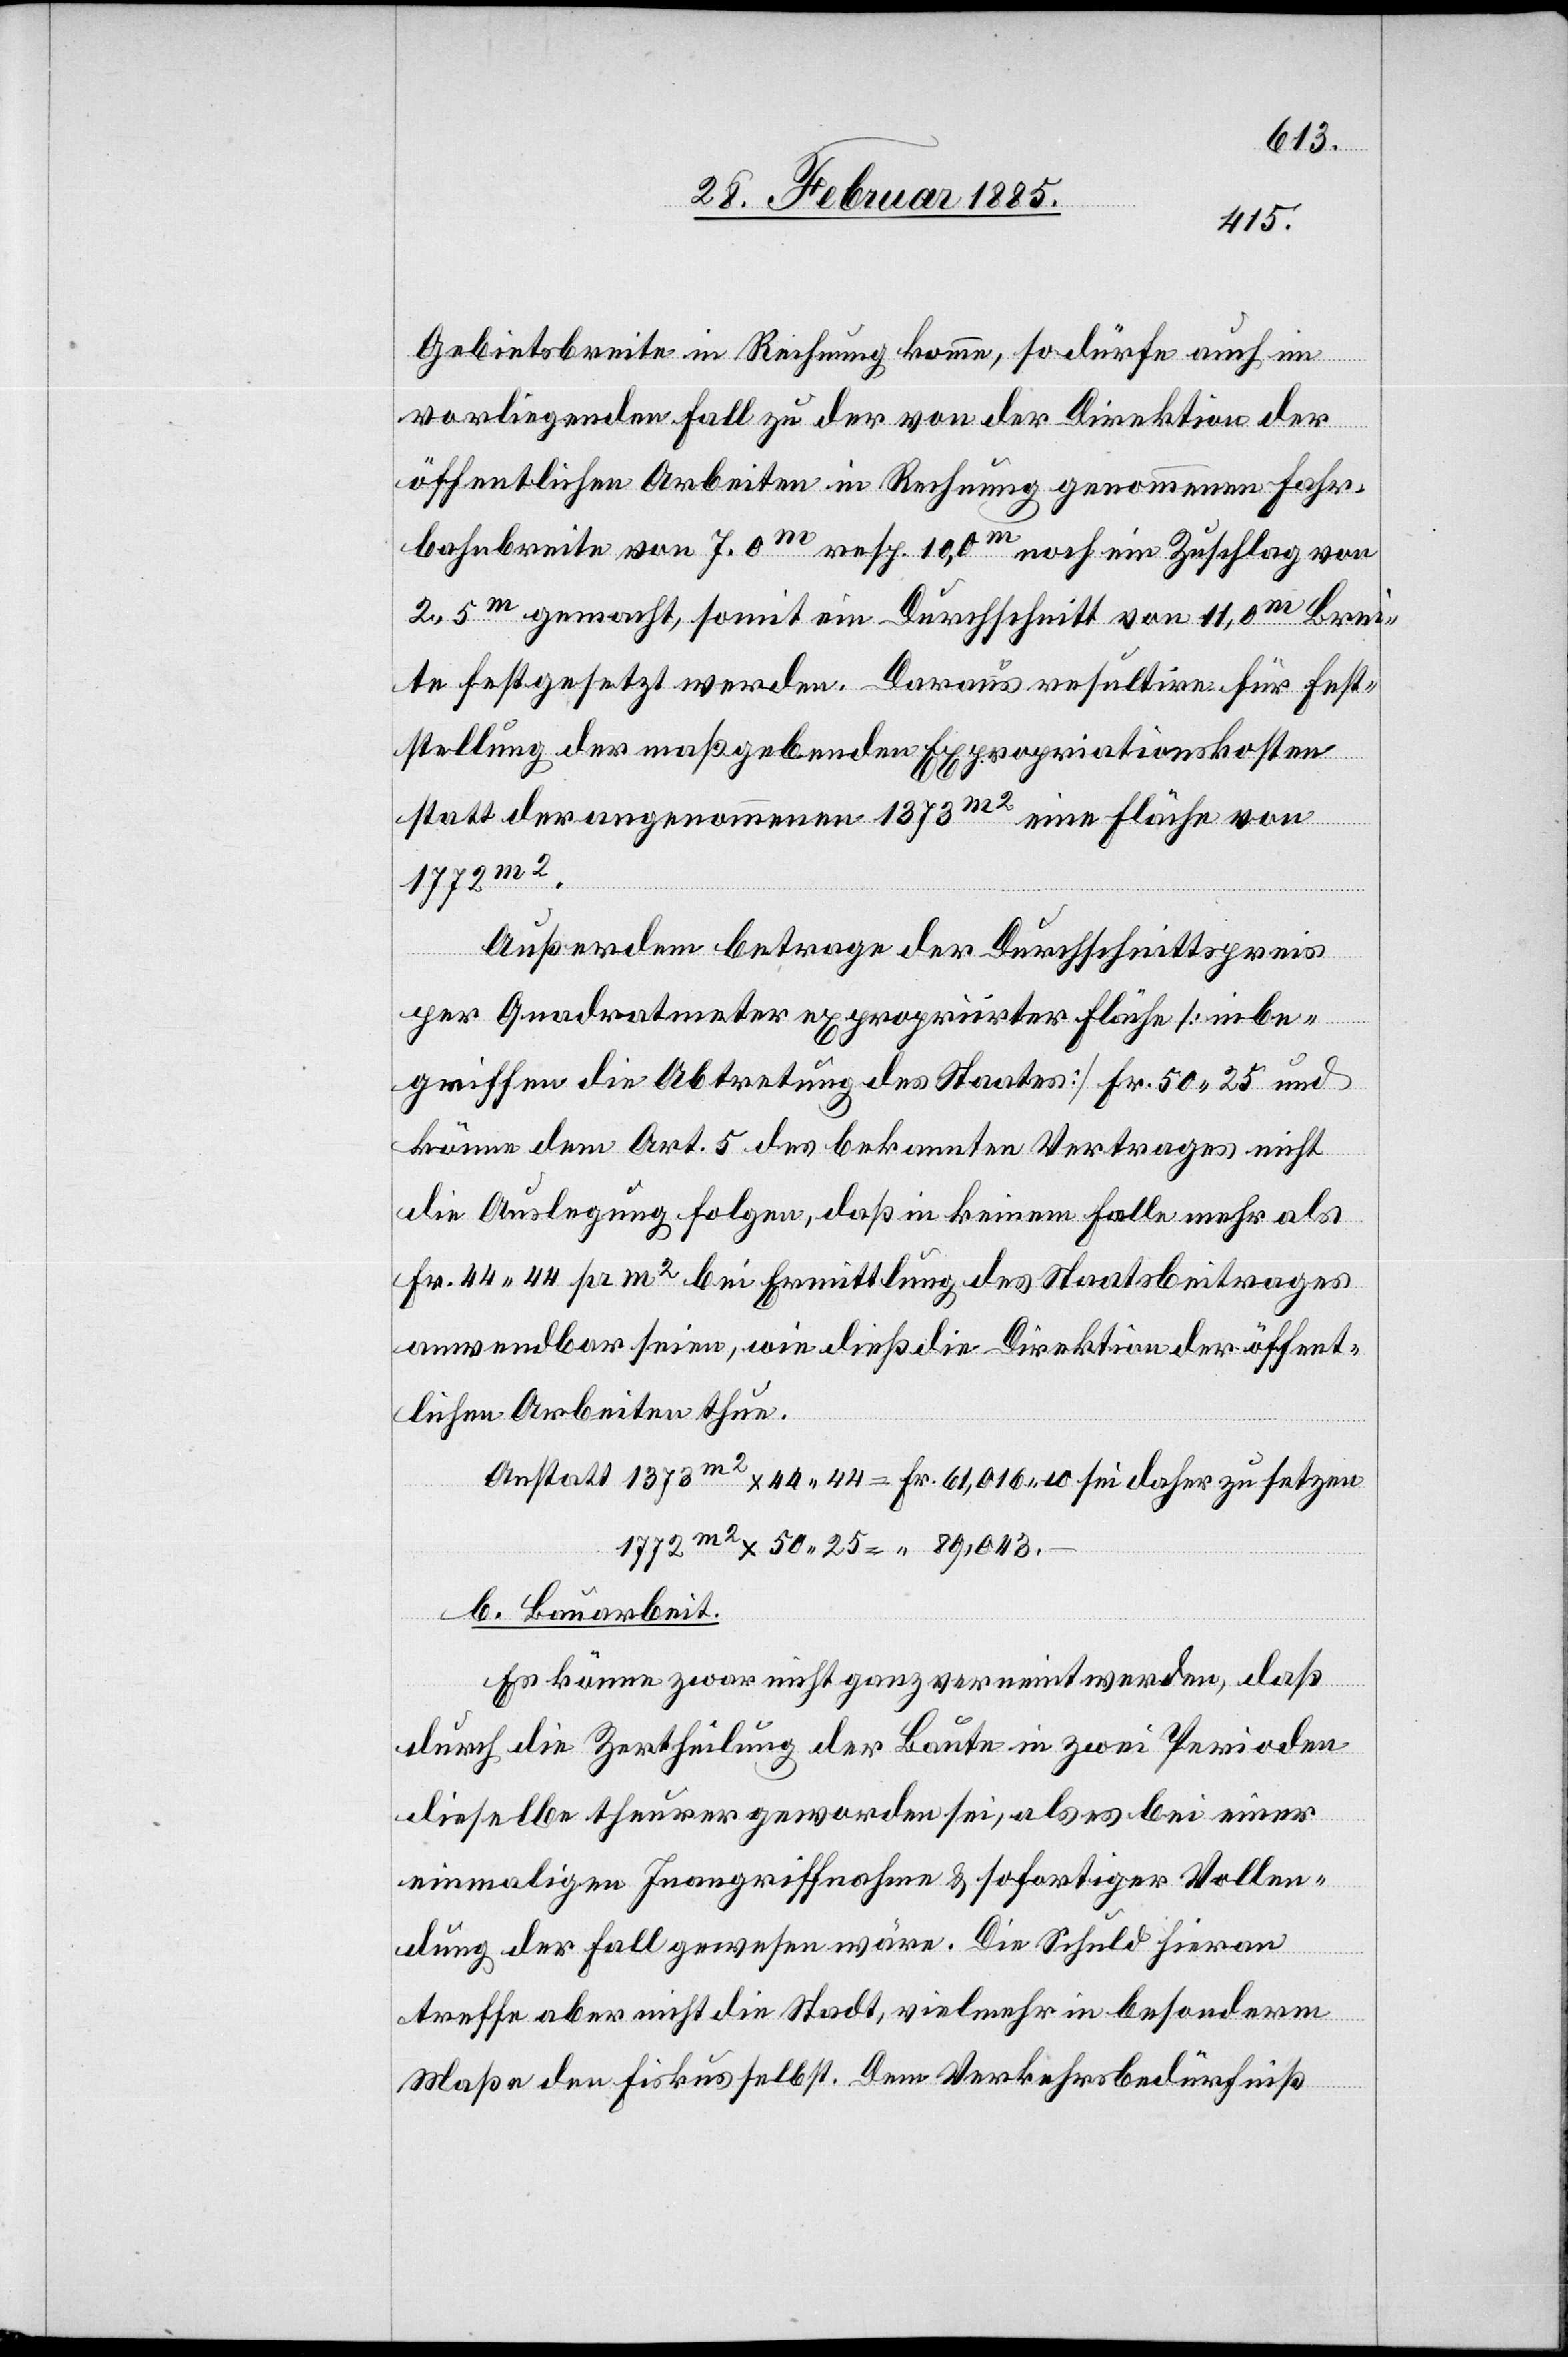
Brei¬
Gebietsbreite in Rechnung komme, so dürfe auch im
vorliegenden Fall zu der von der Direktion der
öffentlichen Arbeiten in Rechnung genommene Fahr¬
te festgesetzt werden. Daraus resultire für Fest¬
stellung der maßgebenden Expropriationskosten
statt der angenommenen 1373 m2 eine Fläche von
1772 m2.
Außerdem betrage der Durchschnittspreis
per Quadratmeter expropriirter Fläche [inbe¬
griffen die Abtretung des Staates] Fr. 50 25 und
könne dem Art. 5 des bekannten Vertrages nicht
die Auslegung folgen, daß in keinem Falle mehr als
Fr. 44 44 pr. m2 bei Ermittlung des Staatsbeitrages
anwendbar seien, wie dieß die Direktion der öffent¬
lichen Arbeiten thue.
Anstatt 1373 m2 x 44 44 = Fr. 61,016 40 sei daher zu setzen
1772 m2 x 50 25 = “ 89,043.
b. Bauarbeit.
Es könne zwar nicht ganz verneint werden, daß
durch die Zertheilung der Baute in zwei Perioden
dieselbe theurer geworden sei, als es bei einer
einmaligen Inangriffnahme & sofortiger Vollen¬
dung der Fall gewesen wäre. Die Schuld hieran
treffe aber nicht die Stadt, vielmehr in besonderm
Maße den Fiskus selbst. Dem Verkehrsbedürfniß

von